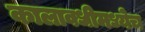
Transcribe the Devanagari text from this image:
कालावधीमध्येच